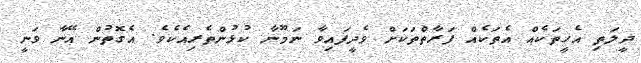
ދީލަތި އެހީތަކެއް އެތަކެއް ފަރާތްތަކަށް ވެދީފައިވާ ނަމޫނާ ކުޅުންތެރިއެކެވެ. އެގޮތުން އޭނާ ވަނީ